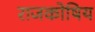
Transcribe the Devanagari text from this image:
राजकोषिय